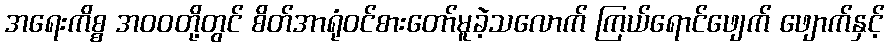
အရေးကိစ္စ အဝဝတို့တွင် စိတ်အာရုံဝင်စားတော်မူခဲ့သလောက် ကြယ်ရောင်ဖျေက် ဖျောက်နှင့်